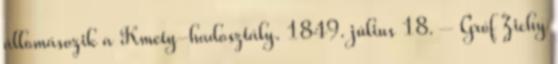
állomásozik a Kmety-hadosztály. 1849. július 18. – Gróf Zichy